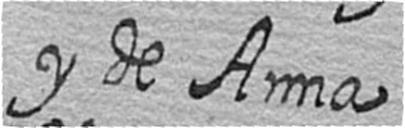
y de Anna